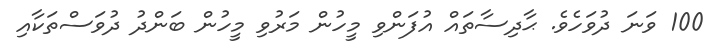
100 ވަނަ ދުވަހެވެ. ޙާދިސާތައް އުފަންވި މީހުން މަރުވި މީހުން ބަންދު ދުވަސްތަކާއި